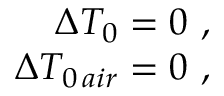
\begin{array} { r } { \Delta T _ { 0 } = 0 \ , \ } \\ { \Delta T _ { 0 \, a i r } = 0 \ , \ } \end{array}